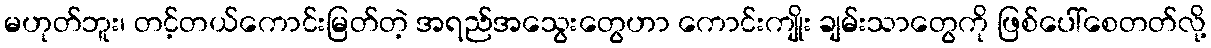
မဟုတ်ဘူး၊ တင့်တယ်ကောင်းမြတ်တဲ့ အရည်အသွေးတွေဟာ ကောင်းကျိုး ချမ်းသာတွေကို ဖြစ်ပေါ်စေတတ်လို့